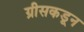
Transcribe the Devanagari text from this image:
ग्रीसकडून